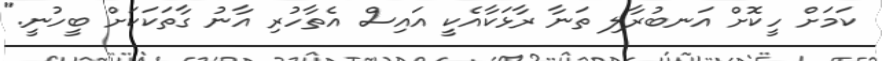
ކަމަށް ހީކޮށް އަނބުރާލި ތަނާ ރާޅަކާއެކީ އައިސް އެތާހުރި އާނު ގާތަކަކަށް ބީހުނީ."